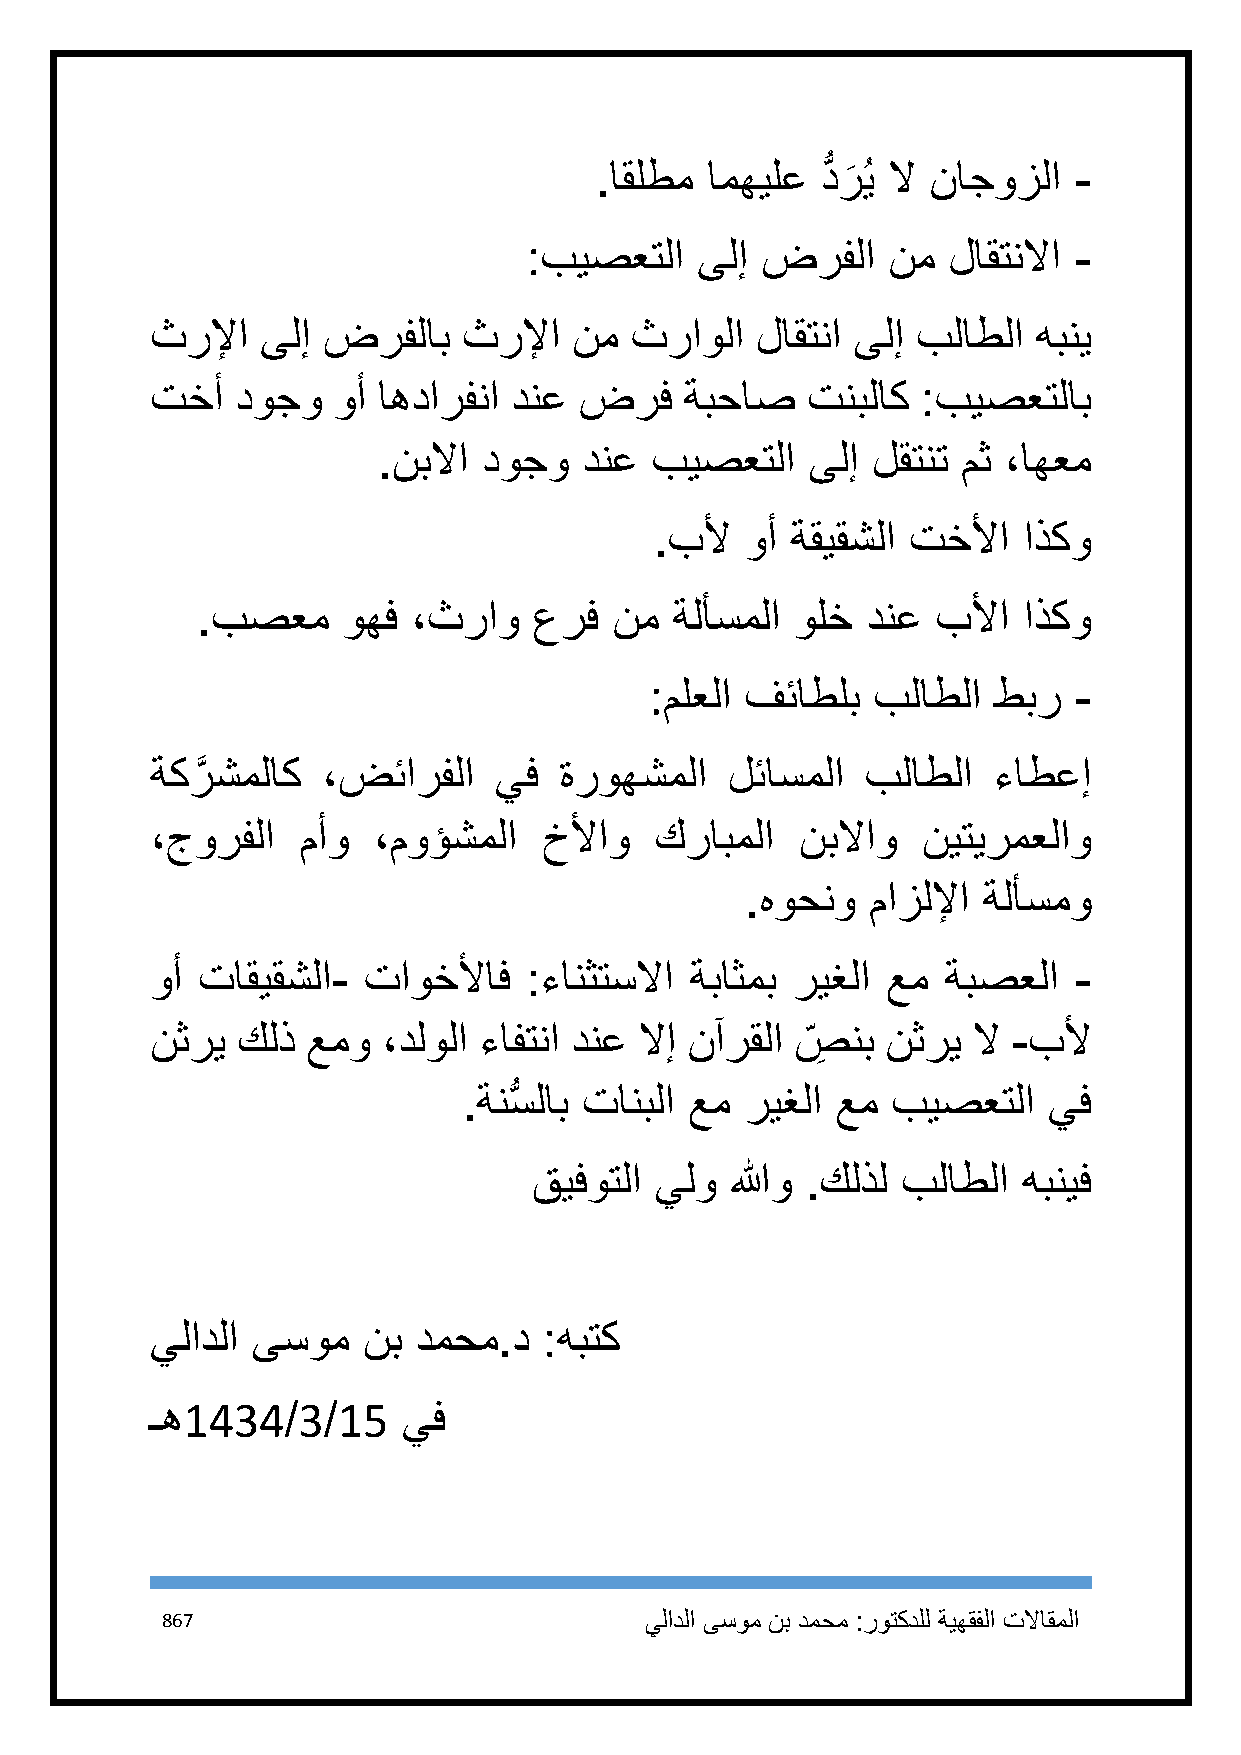
.اقلطم  امهيلع دُّ ر
 َ
 ُي لا ناجوزلا -
 :بيصعتلا   ىلإ ضرفلا    نم  لاقتنلاا -
 ثرلإا  ىلإ ضرفلاب    ثرلإا  نم  ثراولا  لاقتنا ىلإ بلاطلا  هبني
 تخأ   دوجو  وأ اهدارفنا دنع ضرف    ةبحاص   تنبلاك  :بيصعتلاب
 .نبلاا دوجو   دنع بيصعتلا    ىلإ لقتنت مث ،اهعم
 .بلأ  وأ ةقيقشلا تخلأا   اذكو
 .بصعم     وهف ،ثراو   عرف   نم  ةلأسملا ولخ دنع  بلأا  اذكو
 :ملعلا فئاطلب  بلاطلا  طبر  -
 ةكرَّ شملاك ،ضئارفلا   يف  ةروهشملا   لئاسملا  بلاطلا   ءاطعإ
 ،جورفلا   مأو  ،موؤشملا   خلأاو  كرابملا   نبلااو  نيتيرمعلاو
 .هوحنو   مازللإا ةلأسمو
 وأ تاقيقشلا-  تاوخلأاف   :ءانثتسلاا ةباثمب ريغلا عم  ةبصعلا  -
 نثري  كلذ عمو  ،دلولا ءافتنا دنع لاإ نآرقلا ص ِ نب نثري لا -بلأ
 .ةنسُّ لاب تانبلا عم ريغلا عم بيصعتلا يف
 قيفوتلا يلو  اللهو .كلذل بلاطلا  هبنيف
 يلادلا ىسوم   نب دمحم.د   :هبتك
 ـه1434/3/15      يف
 867                             يلادلا ىسوم نب دمحم :روتكدلل ةيهقفلا تلااقملا